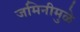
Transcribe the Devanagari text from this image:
जमिनीमुळे